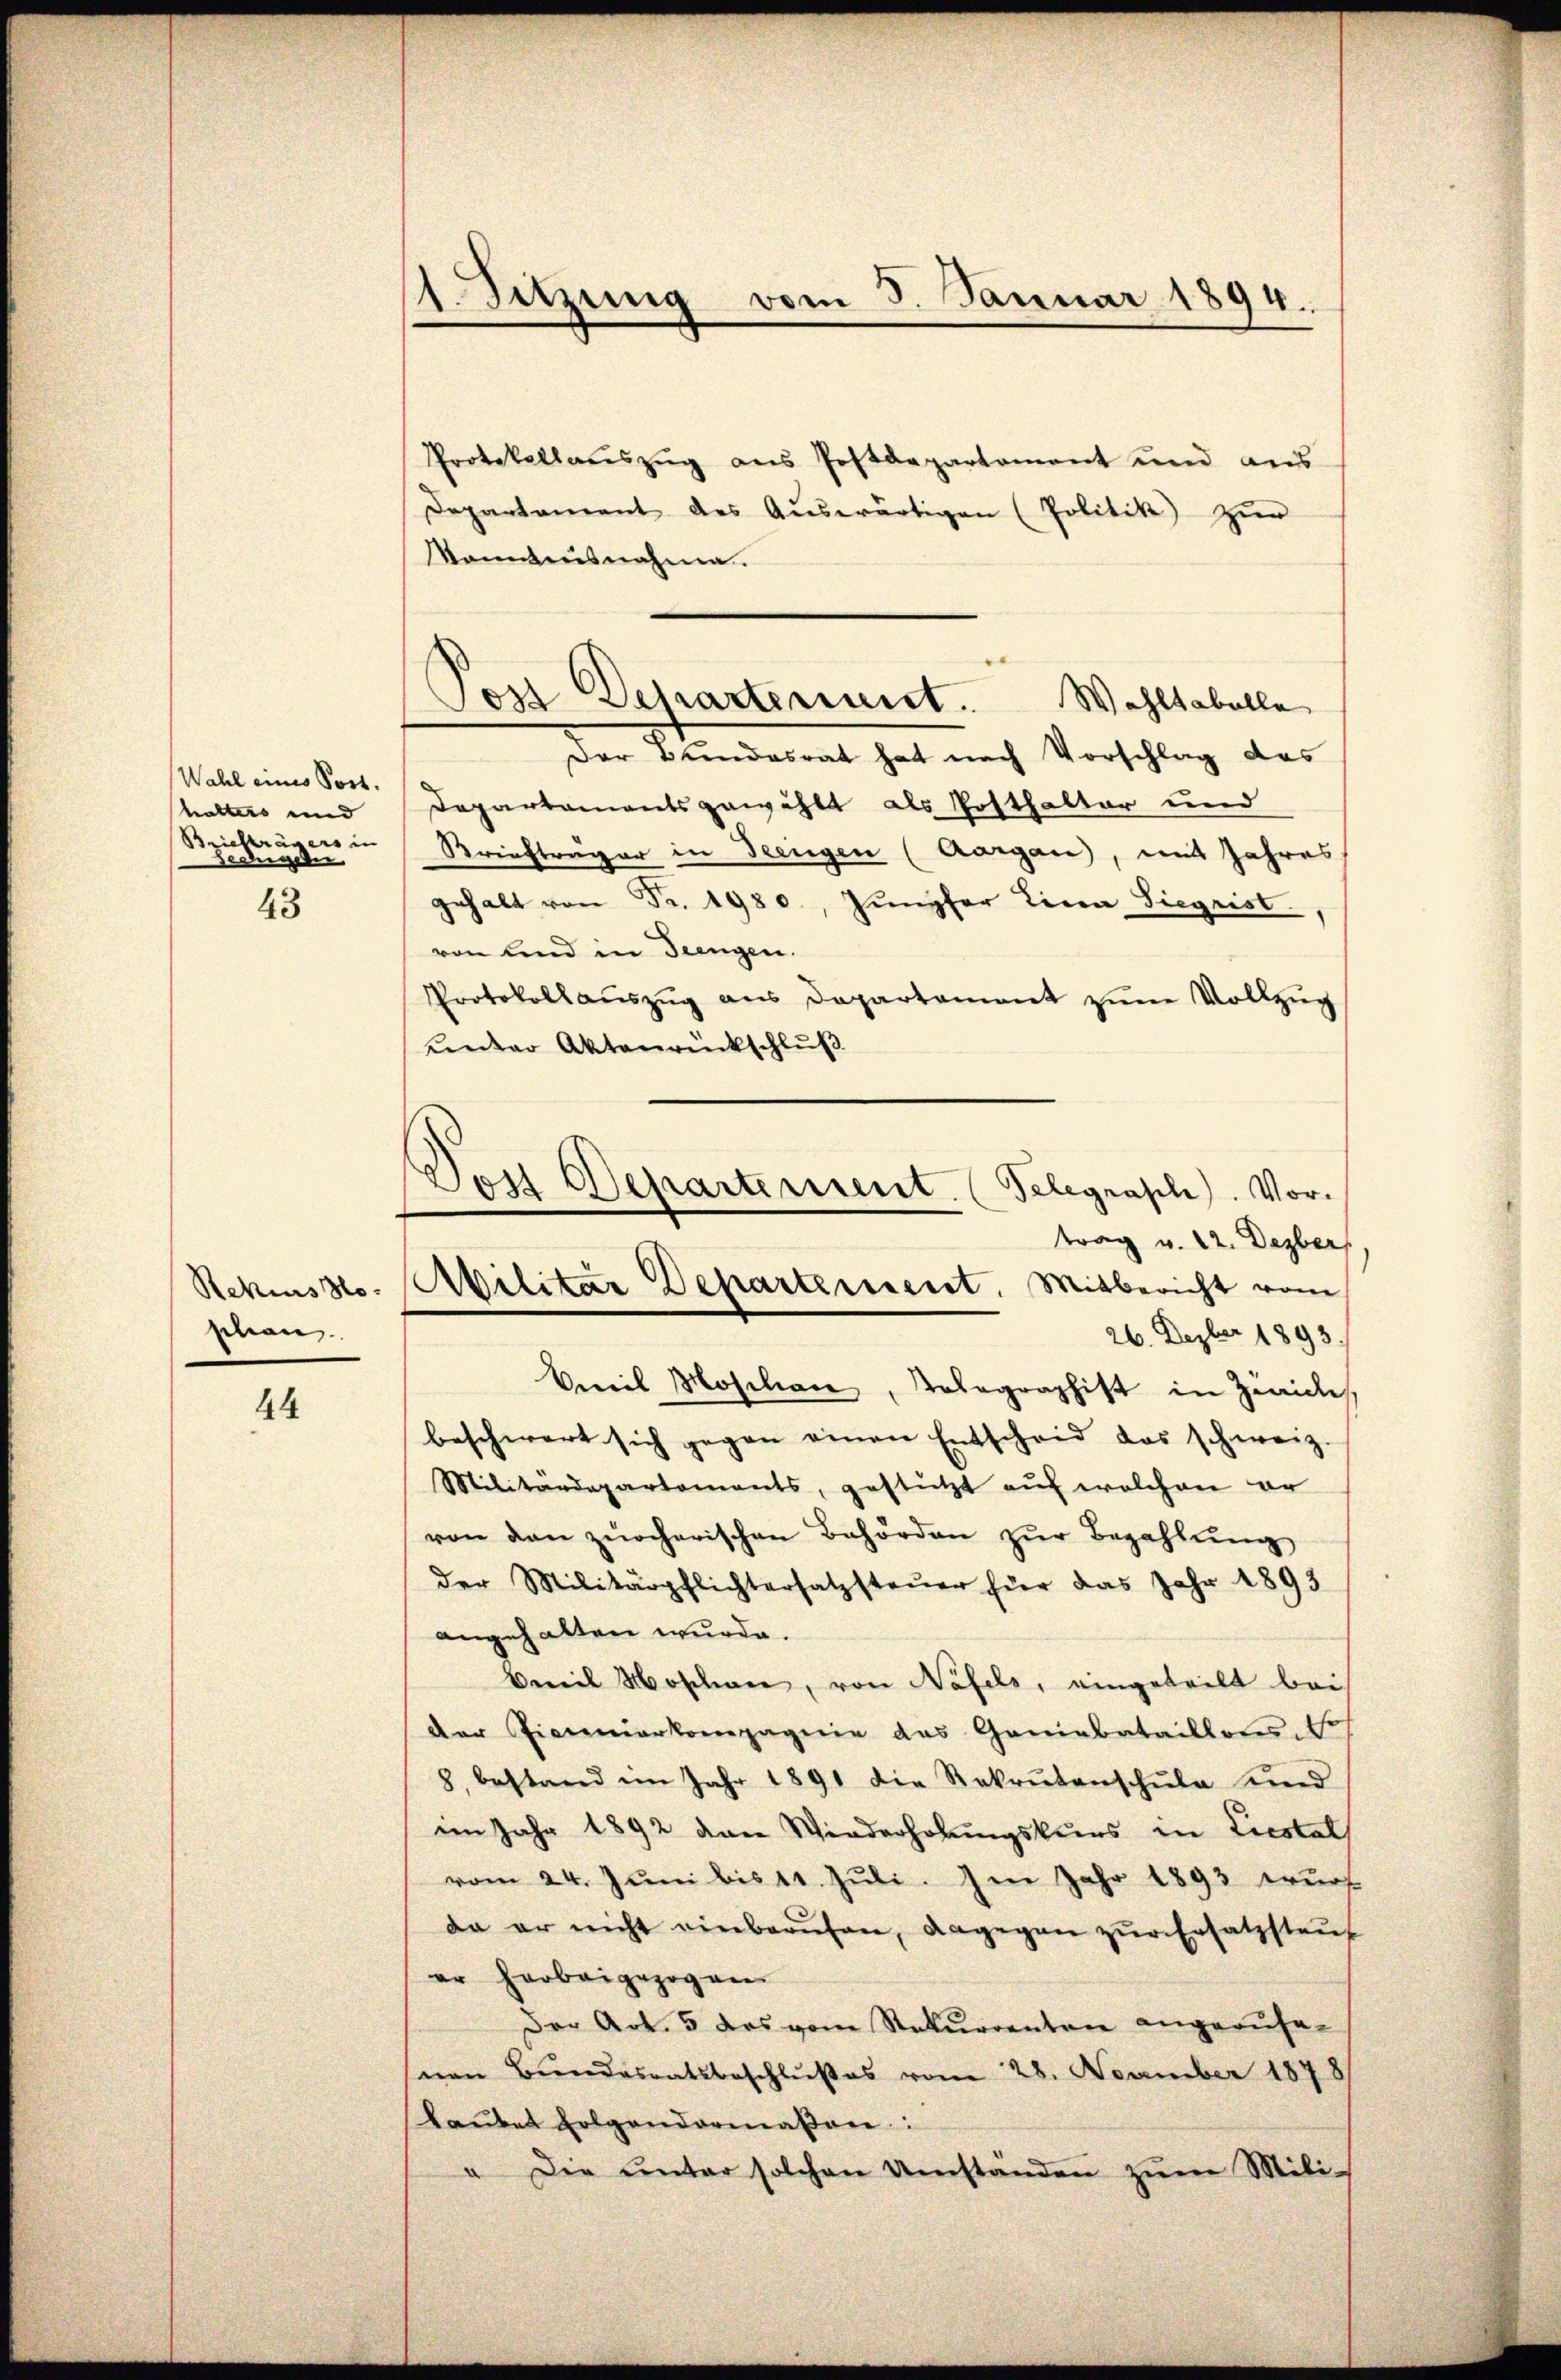
Wahl eines Post.
halters und
Briefträgers in
Hedigere

43

Rekus Ho
schon

44

11. Sitzung vom 5. Januar 1894.

Protokollaŭszŭg ans Postdepartement und aus
Departement des Aŭswärtigen (Politik zur
konntensnahme.
Departementsgewählt als Posthalter und
Briefträger in Teengen (Aargau, mit Jahres
gehalt von Fr. 1980, Jungfer Lina Siegrist
von sind in Teengen.
Protokollaŭszŭg ans Departament zŭm Vollzŭg
unter Aktenrückschluß
beschwert sich gegen einen Entscheid das schweiz.
Militärdepartements, gestützt aŭf welchen er
von den zürcherischen Behörden zŭr Bezahlŭng
der Militärpflichtersatzsteŭer für das Jahr 1893
angehalten wurde.
Beweil Moschen, von Näfels, eingeteilt bei
der Pionierkompagnie das Geniebataillon. Er
8. bestand im Jahr 1891 die Rekrutenschŭle und
im Jahr 1892 den Wiederholungskurs in Liestal
vom 24. Juni bis 11. Jŭli. Im Jahr 1893 wurf
da er nicht einberŭfen, dagegen zŭr Ersatzstaŭf
er herbeigezogen
Der Art. 5 das vom Rekurrenten angerufe-
nen Bundesratsbeschlußes vom 28. November 1878
laŭbet folgendermaßen:
Die ŭnter solchen Umstanden zŭm Mili-

Post Departenuirt. Wohltabelle
Der Bundesrat hat nach Vorschlag des

Dos Departement. (Telegrasch). Vortrag v. 22. Dezber
Militar Departement. Mitbericht vom
26. Dezber 1893.
Emil Mosition, Telegraphist in Zwick